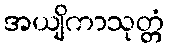
အယျိကာသုတ္တံ